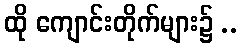
ထို ကျောင်းတိုက်များ၌ ..